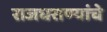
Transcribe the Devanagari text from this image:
राजघराण्यांचे